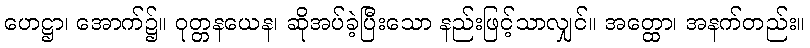
ဟေဋ္ဌာ၊ အောက်၌။ ဝုတ္တနယေန၊ ဆိုအပ်ခဲ့ပြီးသော နည်းဖြင့်သာလျှင်။ အတ္ထော၊ အနက်တည်း။